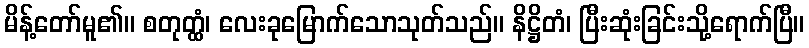
မိန့်တော်မူ၏။ စတုတ္ထံ၊ လေးခုမြောက်သောသုတ်သည်။ နိဋ္ဌိတံ၊ ပြီးဆုံးခြင်းသို့ရောက်ပြီ။